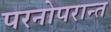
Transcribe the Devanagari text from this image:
परनोपरान्त